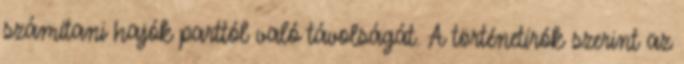
számítani hajók parttól való távolságát. A történetírók szerint az